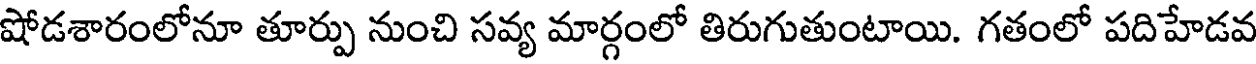
షోడశారంలోనూ తూర్పు నుంచి సవ్య మార్గంలో తిరుగుతుంటాయి. గతంలో పదిహేడవ